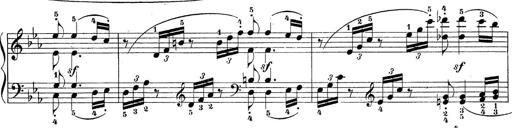
Title: Sonatina Album
Composer: Louis KÃ¶hler